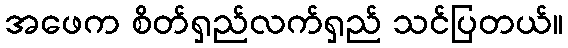
အဖေက စိတ်ရှည်လက်ရှည် သင်ပြတယ်။